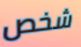
شخص